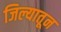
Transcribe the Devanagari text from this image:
जिल्यातून